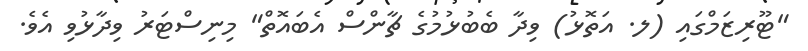
"ޓޫރިޒަމްގައި (ލ. އަތޮޅު) ވިދާ ބެބުޅުމުގެ ޗާންސް އެބައޮތް" މިނިސްޓަރު ވިދާޅުވި އެވެ.